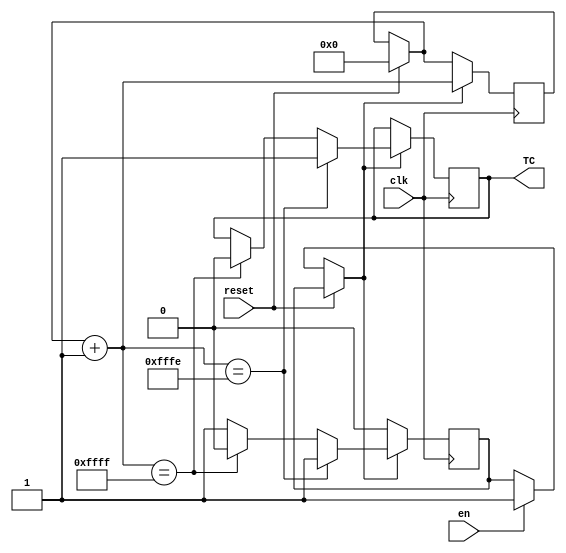
module counter 
(
	input clk, reset, en,
    output reg TC
);

reg [15:0] q;
reg enableCounter;

initial
begin
	q = 16'b0;
	enableCounter = 0;
end


// Implement counter
always @(posedge clk)
   begin
	
	// Check for reset
	if(reset == 1)
      begin
		q = 16'b0;
      end
	
	// Enable counter if input 'en' pulse received
	else if (en == 1)
		begin
		enableCounter = 1;
		end
	
	// Counter enabled
	if(enableCounter == 1)
      begin
		// Increment Count
		q = q + 16'b1;
		
		// Check for rollover, set TC output high for 1 pulse if true
		// Also disable counter once rollover reached
		if(q == 16'b1111111111111110)
         begin
			TC = 1'b1;
         end
		else if (q == 16'b1111111111111111)
			begin
			enableCounter = 1'b0;
			TC = 1'b0;
			end
      end
  end
endmodule